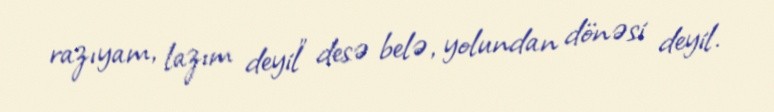
razıyam, lazım deyil” desə belə, yolundan dönəsi deyil.